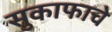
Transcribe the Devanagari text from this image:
सुकाफाचे